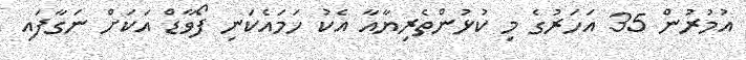
އުމުރުން 35 އަހަރުގެ މި ކުޅުންތެރިޔާއާ އެކު ހަމައެކަނި ފޯވާޑް އަކަށް ނަގާފައި